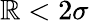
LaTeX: \mathbb{R}<2\sigma